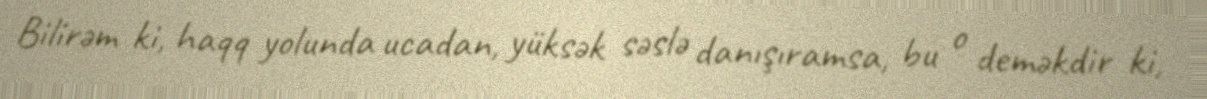
Bilirəm ki, haqq yolunda ucadan, yüksək səslə danışıramsa, bu o deməkdir ki,